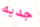
جديه